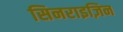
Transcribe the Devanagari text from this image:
सिनराइज़िन